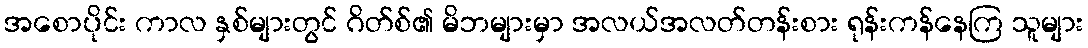
အစောပိုင်း ကာလ နှစ်များတွင် ဂိတ်စ်၏ မိဘများမှာ အလယ်အလတ်တန်းစား ရုန်းကန်နေကြ သူများ